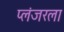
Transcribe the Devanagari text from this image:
प्लंजरला